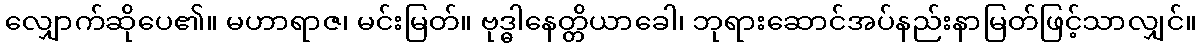
လျှောက်ဆိုပေ၏။ မဟာရာဇ၊ မင်းမြတ်။ ဗုဒ္ဓါနေတ္တိယာခေါ၊ ဘုရားဆောင်အပ်နည်းနာမြတ်ဖြင့်သာလျှင်။